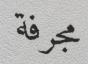
مجرفة